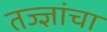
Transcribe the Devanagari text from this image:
तज्‍ज्ञांचा